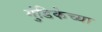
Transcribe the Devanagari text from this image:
गुंडिकेच्या